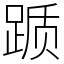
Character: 踬